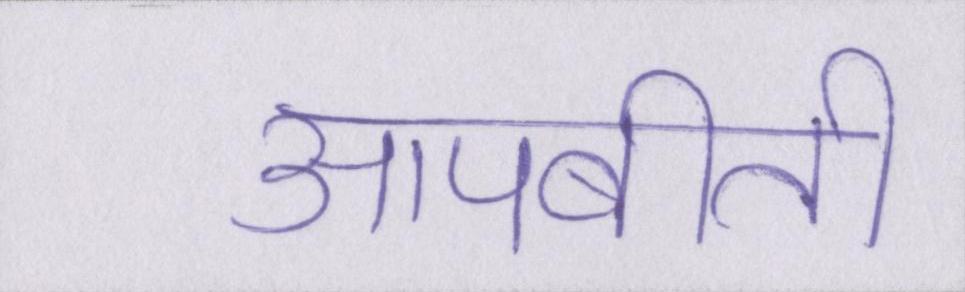
आपबीती